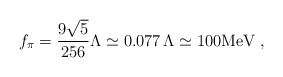
\begin{align*}f_\pi = \frac{9 \sqrt{5}}{256} \Lambda \simeq 0.077 \, \Lambda \simeq 100 \mbox{MeV} \; ,\end{align*}